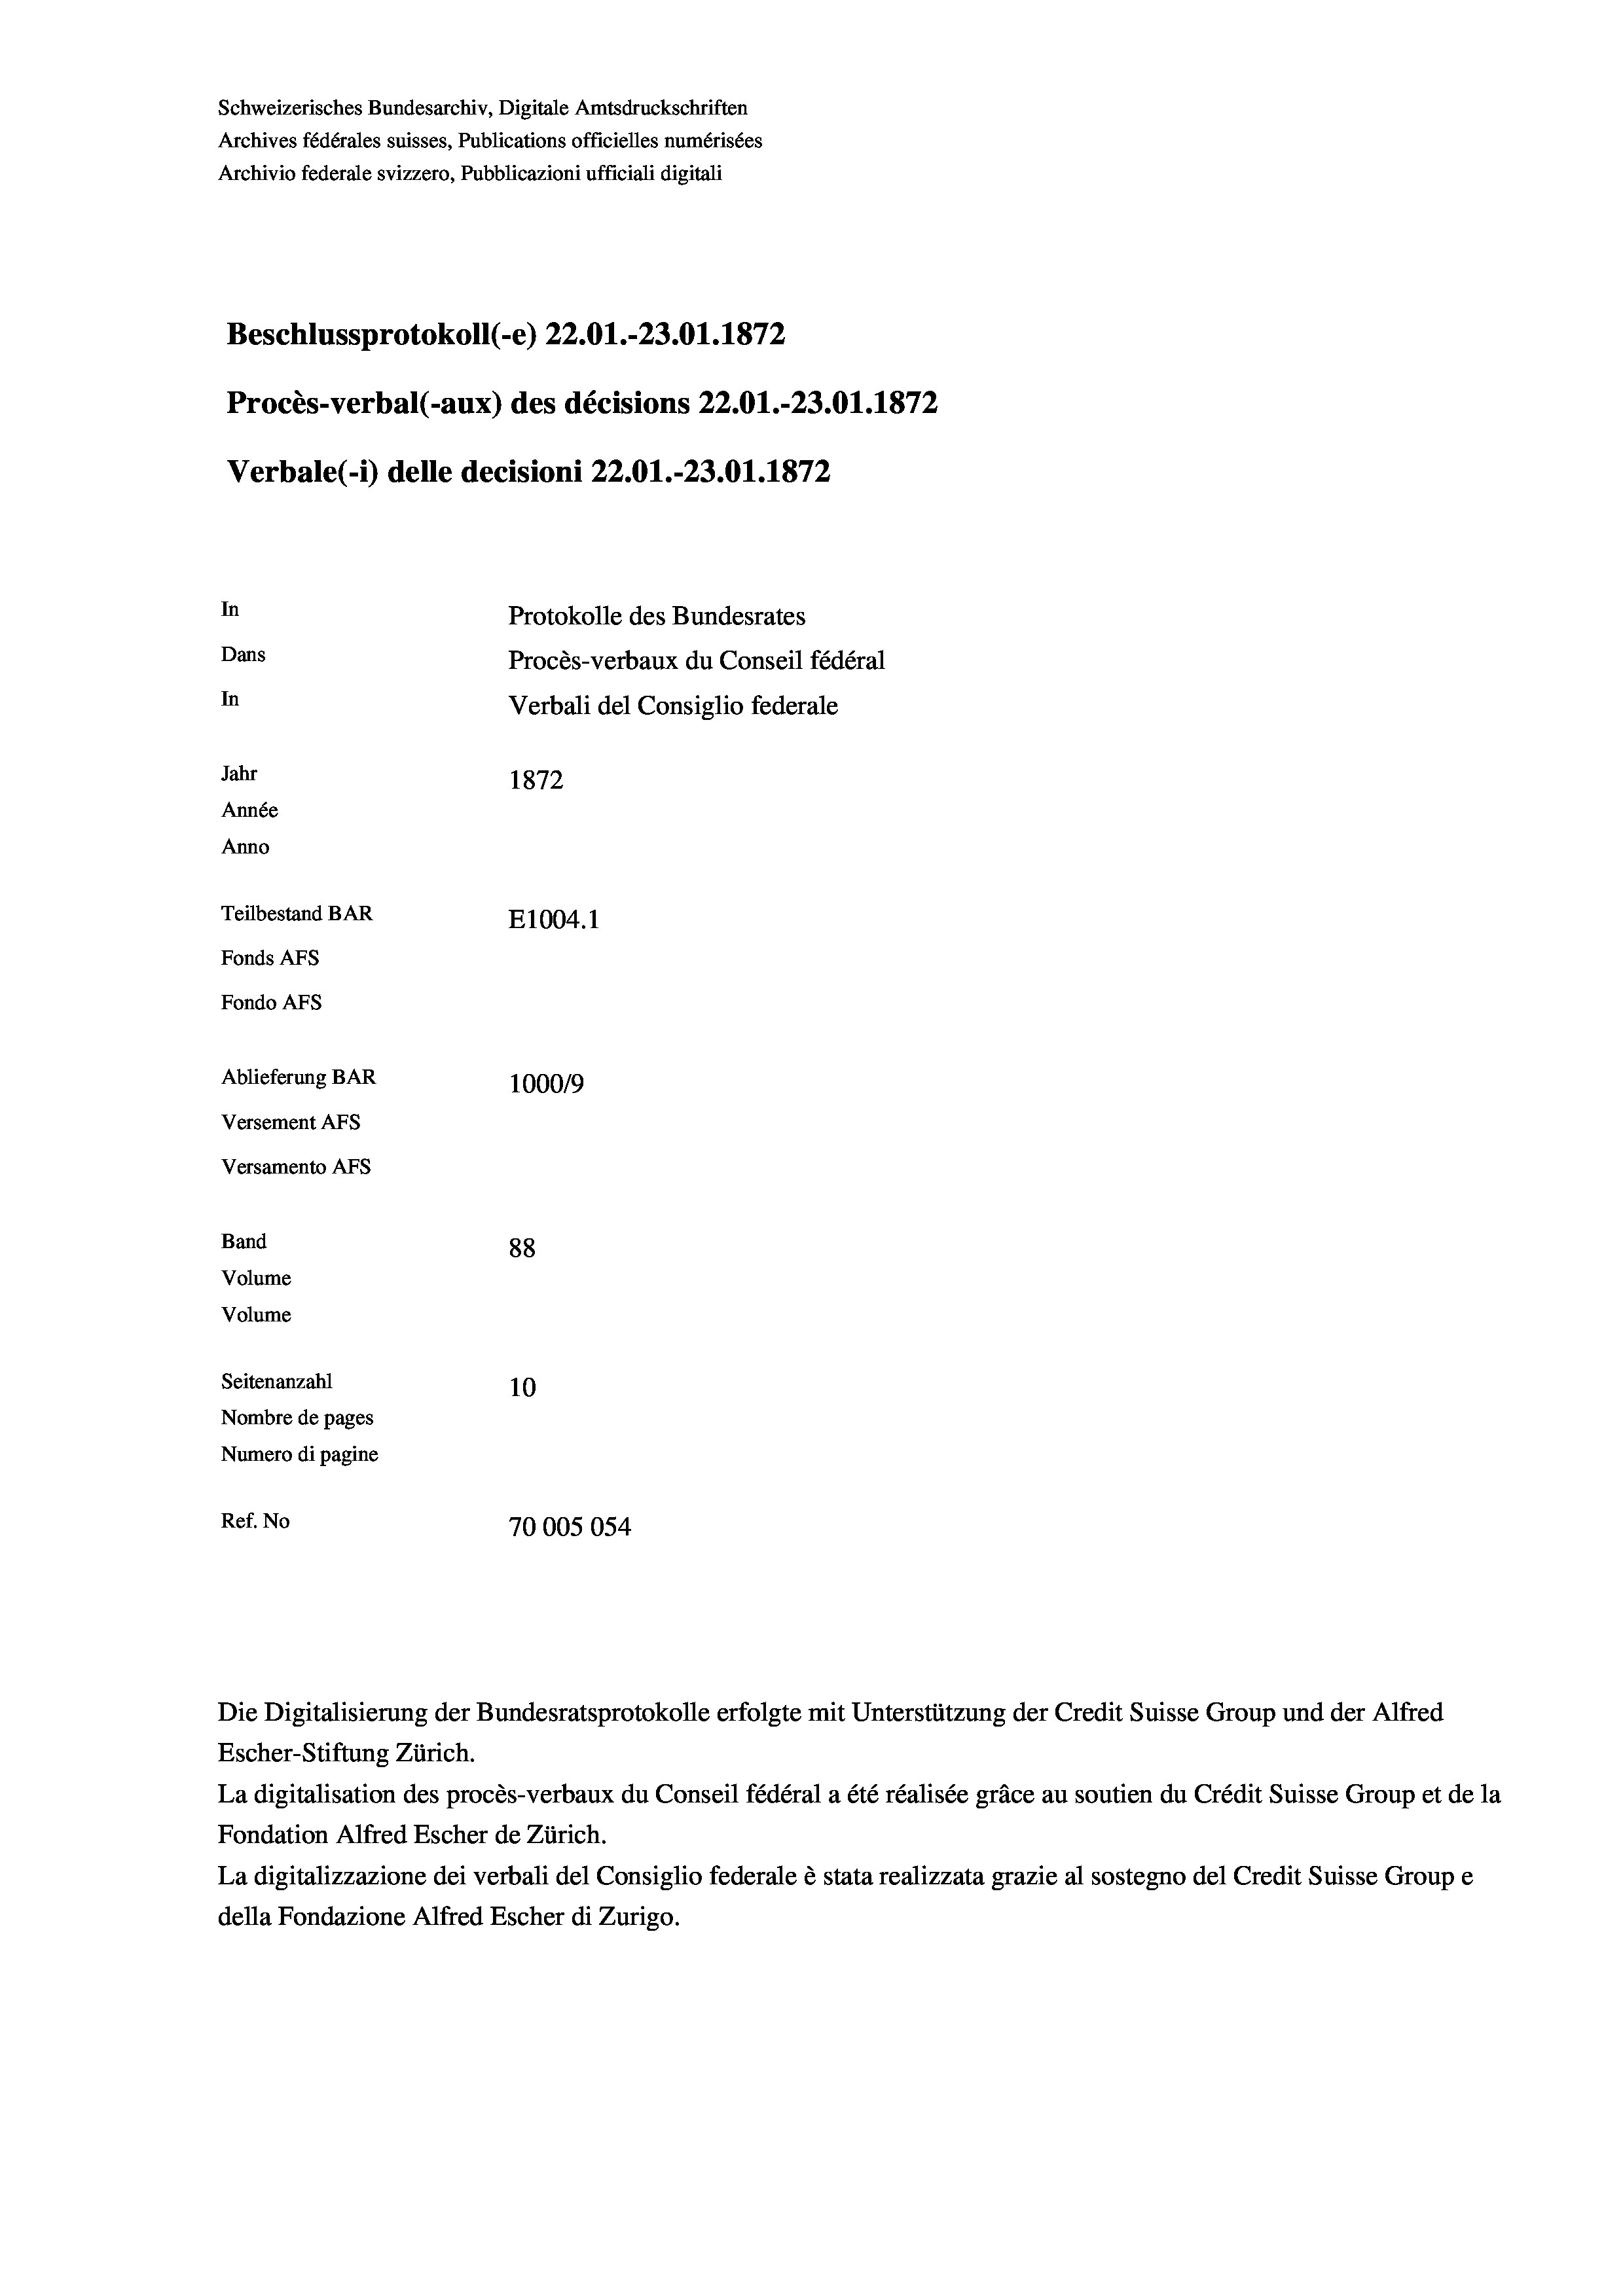
Schweizerisches Bundesarchiv, Digitale Amtsdruckschriften
Archives fédérales suisses, Publications officielles numérisées
Archivio federale svizzero, Pubblicazioni ufficiali digitali
Beschlussprotokoll (-e) 22.01.-23.01. 1872
Procès-verbal (-aux) des décisions 22.01.-23.01. 1872
Verbale(*) delle decisioni 22.01.-23.01. 1872
In
Protokolle des Bundesrates
Dans
Procès-verbaux du Conseil fédéral
In
Verbali del Consiglio federale
Jahr
1872
Année
Anno
Teilbestand BAR
E1004. 1
Fonds AFs
Fondo AFS
Ablieferung BAR
100019
Versement AFs
Versamento AFs
Band
88
Volume
Volume
Seitenanzahl
10
Nombre de pages
Numero di pagine
Ref. No
70005054

Die Digitalisierung der Bundesratsprotokolle erfolgte mit Unterstützung der Credit Suisse Group und der Alfred
Escher-Stiftung Zürich.
La digitalisation des procès-verbaux du Conseil fédéral a été réalisée gräce au soutien du Crédit Suisse Group et de la
Fondation Alfred Escher de Zürich.
La digitalizzazione dei verbali del Consiglio federale è stata realizzata grazie al sostegno del Credit Suisse Groupe
della Fondazione Alfred Escher di Zurigo.